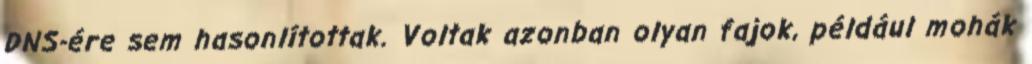
DNS-ére sem hasonlítottak. Voltak azonban olyan fajok, például mohák